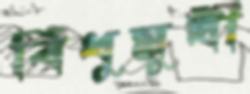
বিধুমুখী